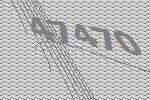
47470